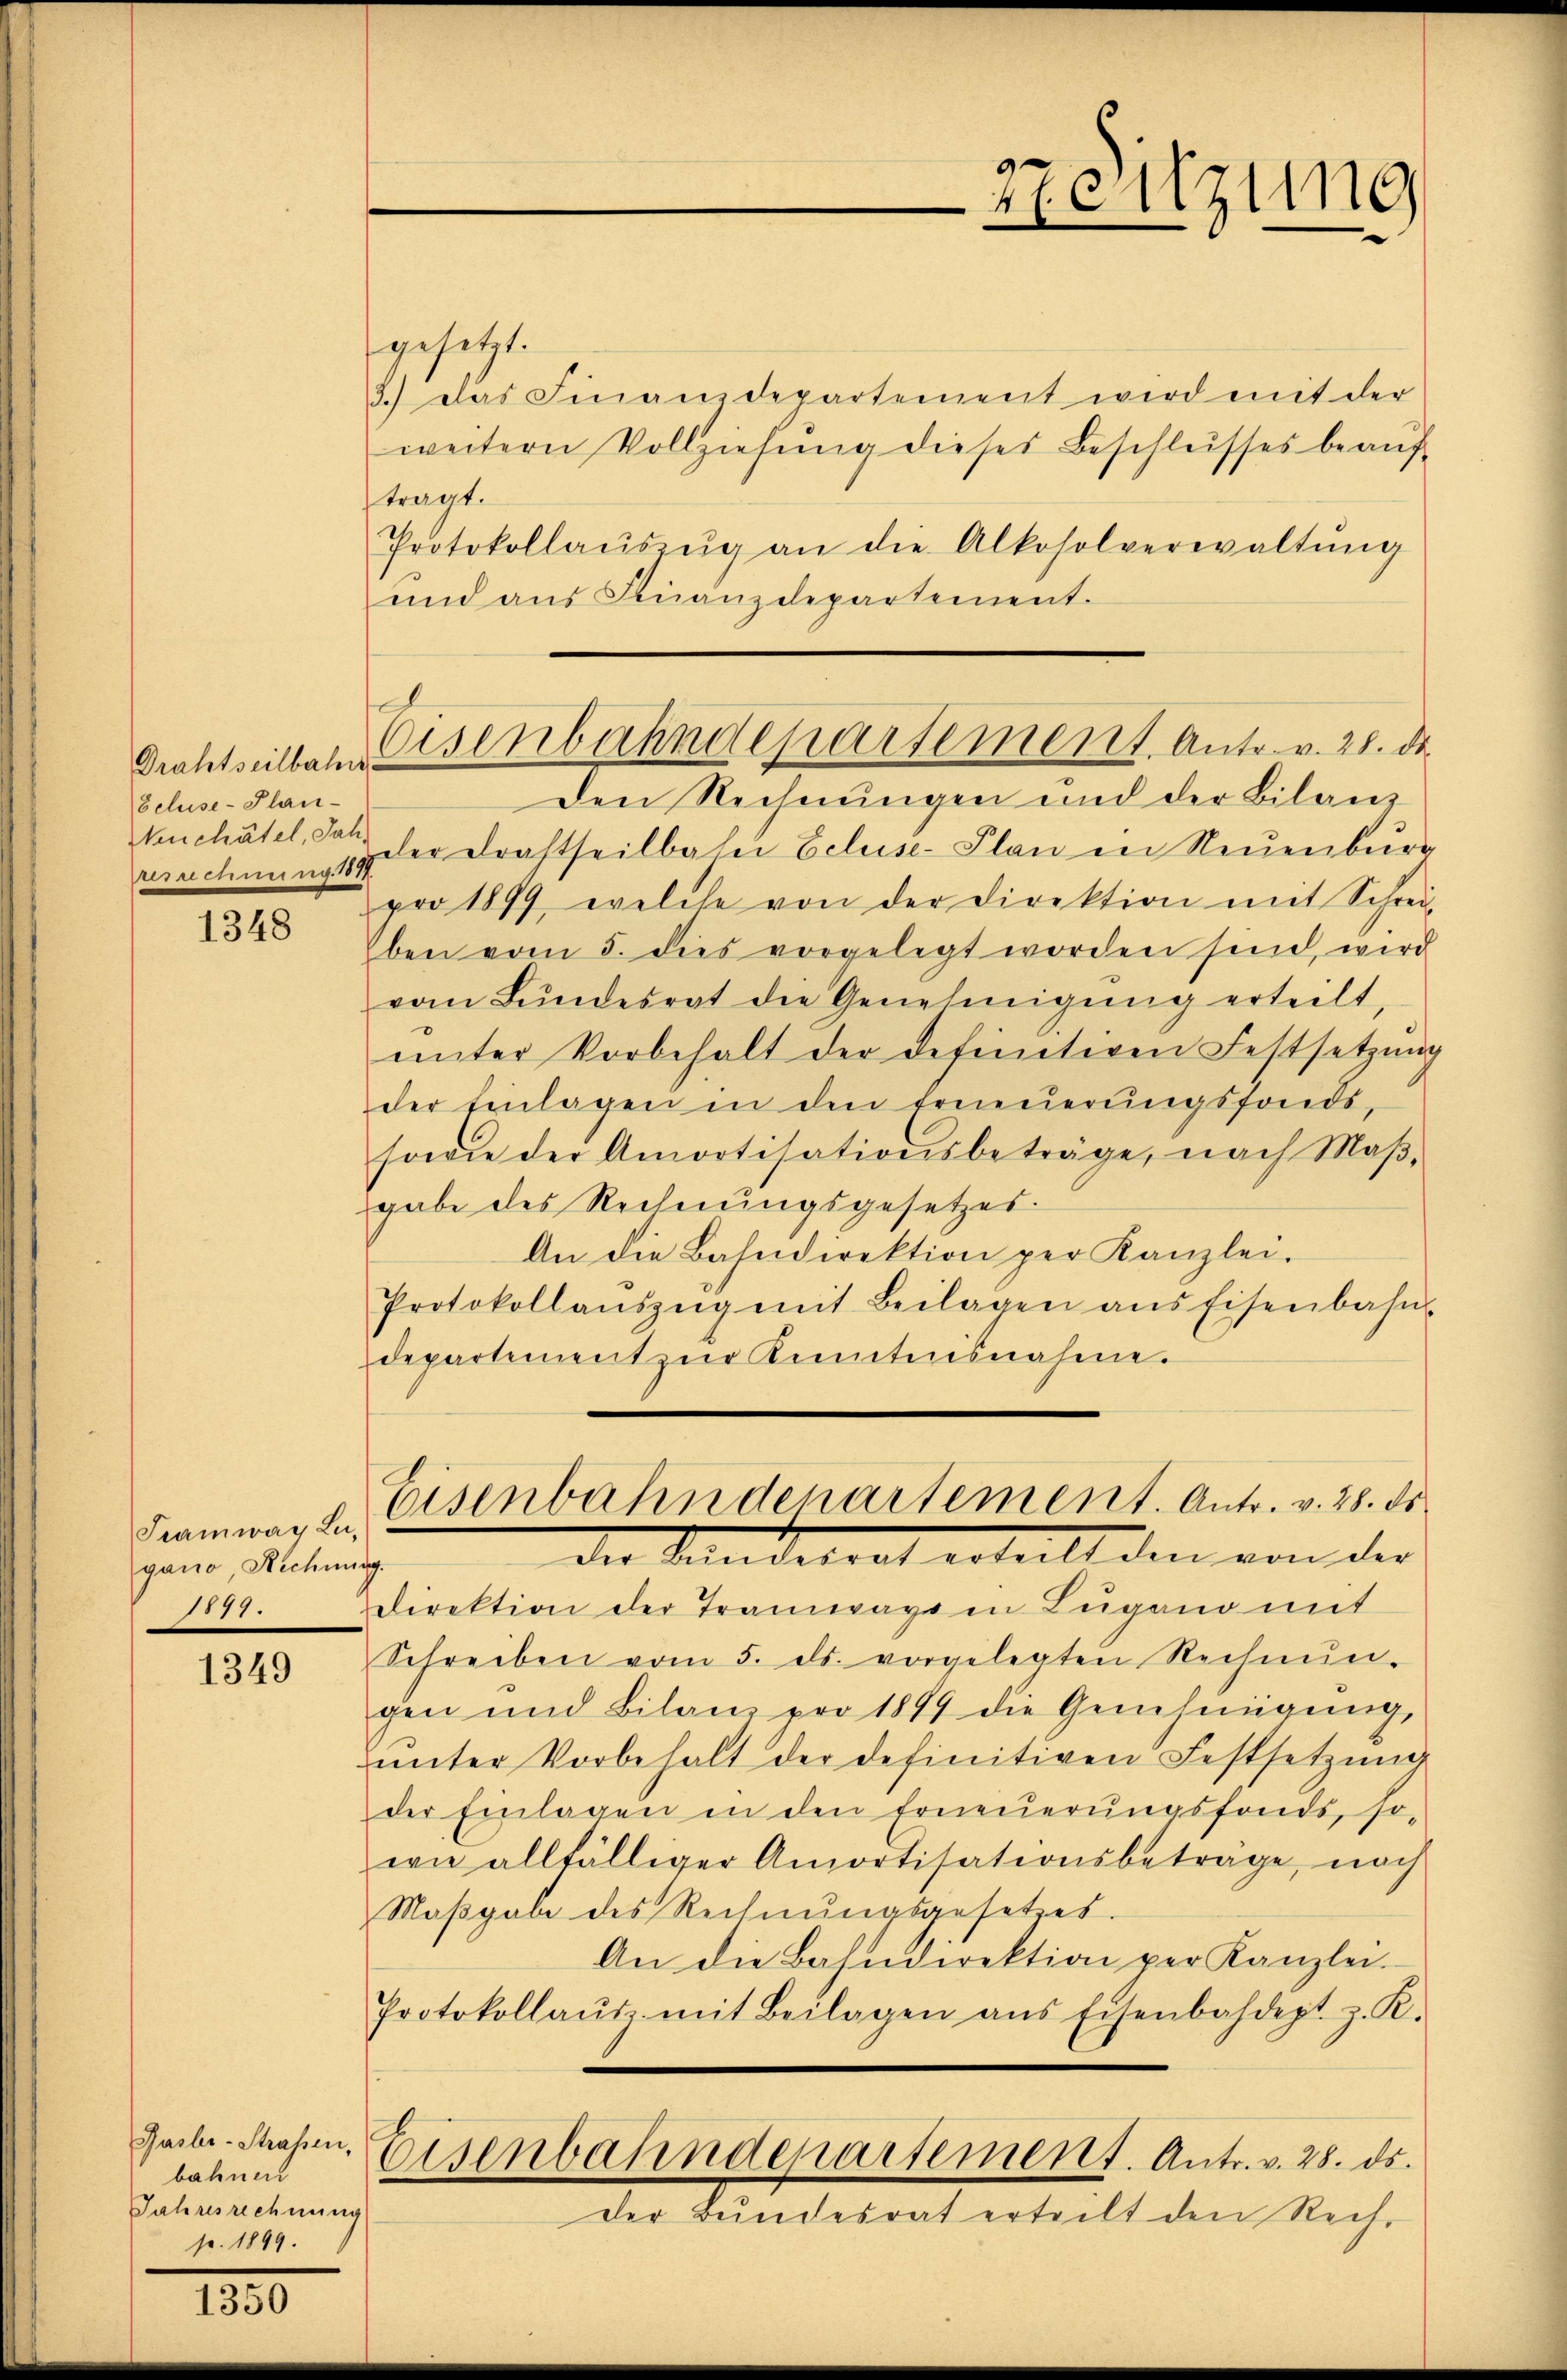
Drahtseilbahn.
beluse-Plan-
Neuchâtel, Jahbesrechnung 1877.

1348

Tramway Lu-
gano, Rechnun
1877.

1349

Hasler-Strassen,
bahnen
Jahresrechnung
p. 1899.

1350

gesetzt.
3.) Das Finanzdepartement wird mit der
weitern Vollziehŭng dieses Beschlusses beaŭf-
tragt.
Protokollaŭszŭg an die Alkosolverwaltŭng
und aŭs Finanzdepartement.
Den Rechnungen und der Bilanz
der Drahtheilbasii Eeluse-Plan in Neuenburg
pro 1899, welche von der Direktion mit Schrei-
ben vom 5. dies vorgelegt worden sind, wird
vom Bŭndesrat die Genehmigŭng erteilt,
ŭnter Vorbehalt der definitiven Festsetzŭng
der Einlagen in den Erneŭerŭngsfonds,
sowie der Amortisationsbeträge, nach Maβ-
gabe des Rechnungsgesetzes
An die Bahndirektion per Kanzlei.
Protokollanszŭg mit Beilagen ans Eisenbahn-
departement zur Anmtensnahme.
Eisenbahndepartement. Antr. v. 28. ds.
der Stundesrat erteilt den von der
g.
Direktion der Tramwage in Lugano mit
Schreiben vom 5. ds. vorgelegten Rechnŭn-
gen und Bilanz pro 1899 die Genehmigung,
ŭnter Vorbehalt der definitiven Festsetzŭng
der Einlagen in den Erneŭerŭngsfonds, so-
wie allfälliger Amortisationsbeträge, nach
Maβgabe des Rechnŭngsgesetzes.
An die Basidirektion per Kanzlei.
Protokollaŭs mit Beilagen ans Eisenbahdept z. R.
Eisenbahndepartement. Antr. v. 28. ds.
der Bundesrat erteilt den Rech¬

zreitzung
—

x
Eisenbahndepartement. Antr. v. 28. ds.